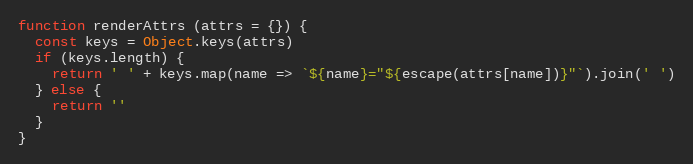
Language: JavaScript
function renderAttrs (attrs = {}) {
  const keys = Object.keys(attrs)
  if (keys.length) {
    return ' ' + keys.map(name => `${name}="${escape(attrs[name])}"`).join(' ')
  } else {
    return ''
  }
}